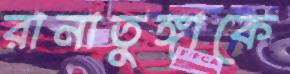
রানাতুঙ্গাকে